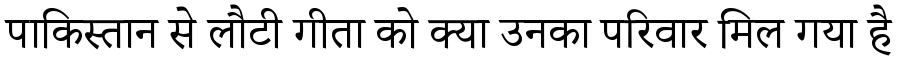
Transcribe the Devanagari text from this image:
पाकिस्तान से लौटी गीता को क्या उनका परिवार मिल गया है